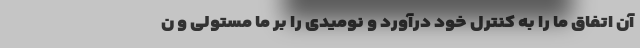
آن اتفاق ما را به کنترل خود درآوَرَد و نومیدی را بر ما مستولی و ن